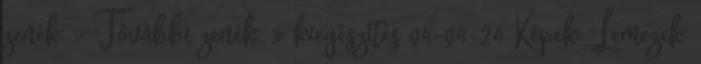
zenék' - 'További zenék' » kiegészítés 04-04-24 Képek: 'Lemezek'